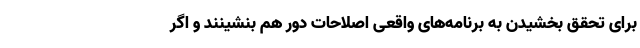
برای تحقق بخشیدن به برنامه‌های واقعی اصلاحات دور هم بنشینند و اگر